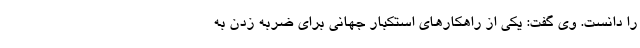
را دانست. وی گفت: یکی از راهکارهای استکبار جهانی برای ضربه زدن به